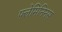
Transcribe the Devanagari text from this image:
फ्लेमिनिनस